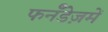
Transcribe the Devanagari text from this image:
फर्नॅंडेज़में